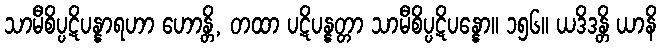
သာမီစိပ္ပဋိပန္နာရဟာ ဟောန္တိ, တထာ ပဋိပန္နတ္တာ သာမီစိပ္ပဋိပန္နော။ ၁၅၆။ ယဒိဒန္တိ ယာနိ